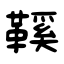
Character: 鞵